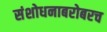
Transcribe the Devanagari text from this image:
संशोधनाबरोबरच